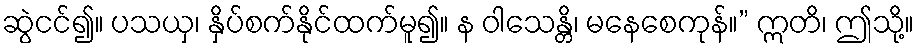
ဆွဲငင်၍။ ပသယှ၊ နှိပ်စက်နိုင်ထက်မူ၍။ န ဝါသေန္တိ၊ မနေစေကုန်။” ဣတိ၊ ဤသို့။